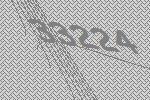
33224